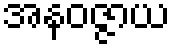
အနဝဇ္ဇာယ